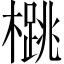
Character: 𪴁